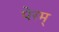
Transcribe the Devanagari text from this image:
पेरम्